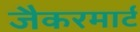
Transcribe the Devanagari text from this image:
जैकरमार्ट